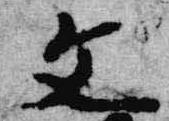
文